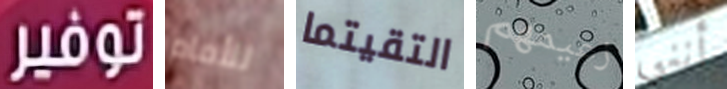
توفير للأمام التقيتما زعيمهم أنني